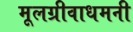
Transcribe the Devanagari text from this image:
मूलग्रीवाधमनी